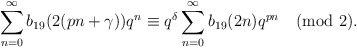
\begin{align*}\sum_{n=0}^{\infty}b_{19}(2(pn+\gamma))q^n\equiv q^{\delta}\sum_{n=0}^{\infty}b_{19}(2n)q^{pn}\pmod 2.\end{align*}